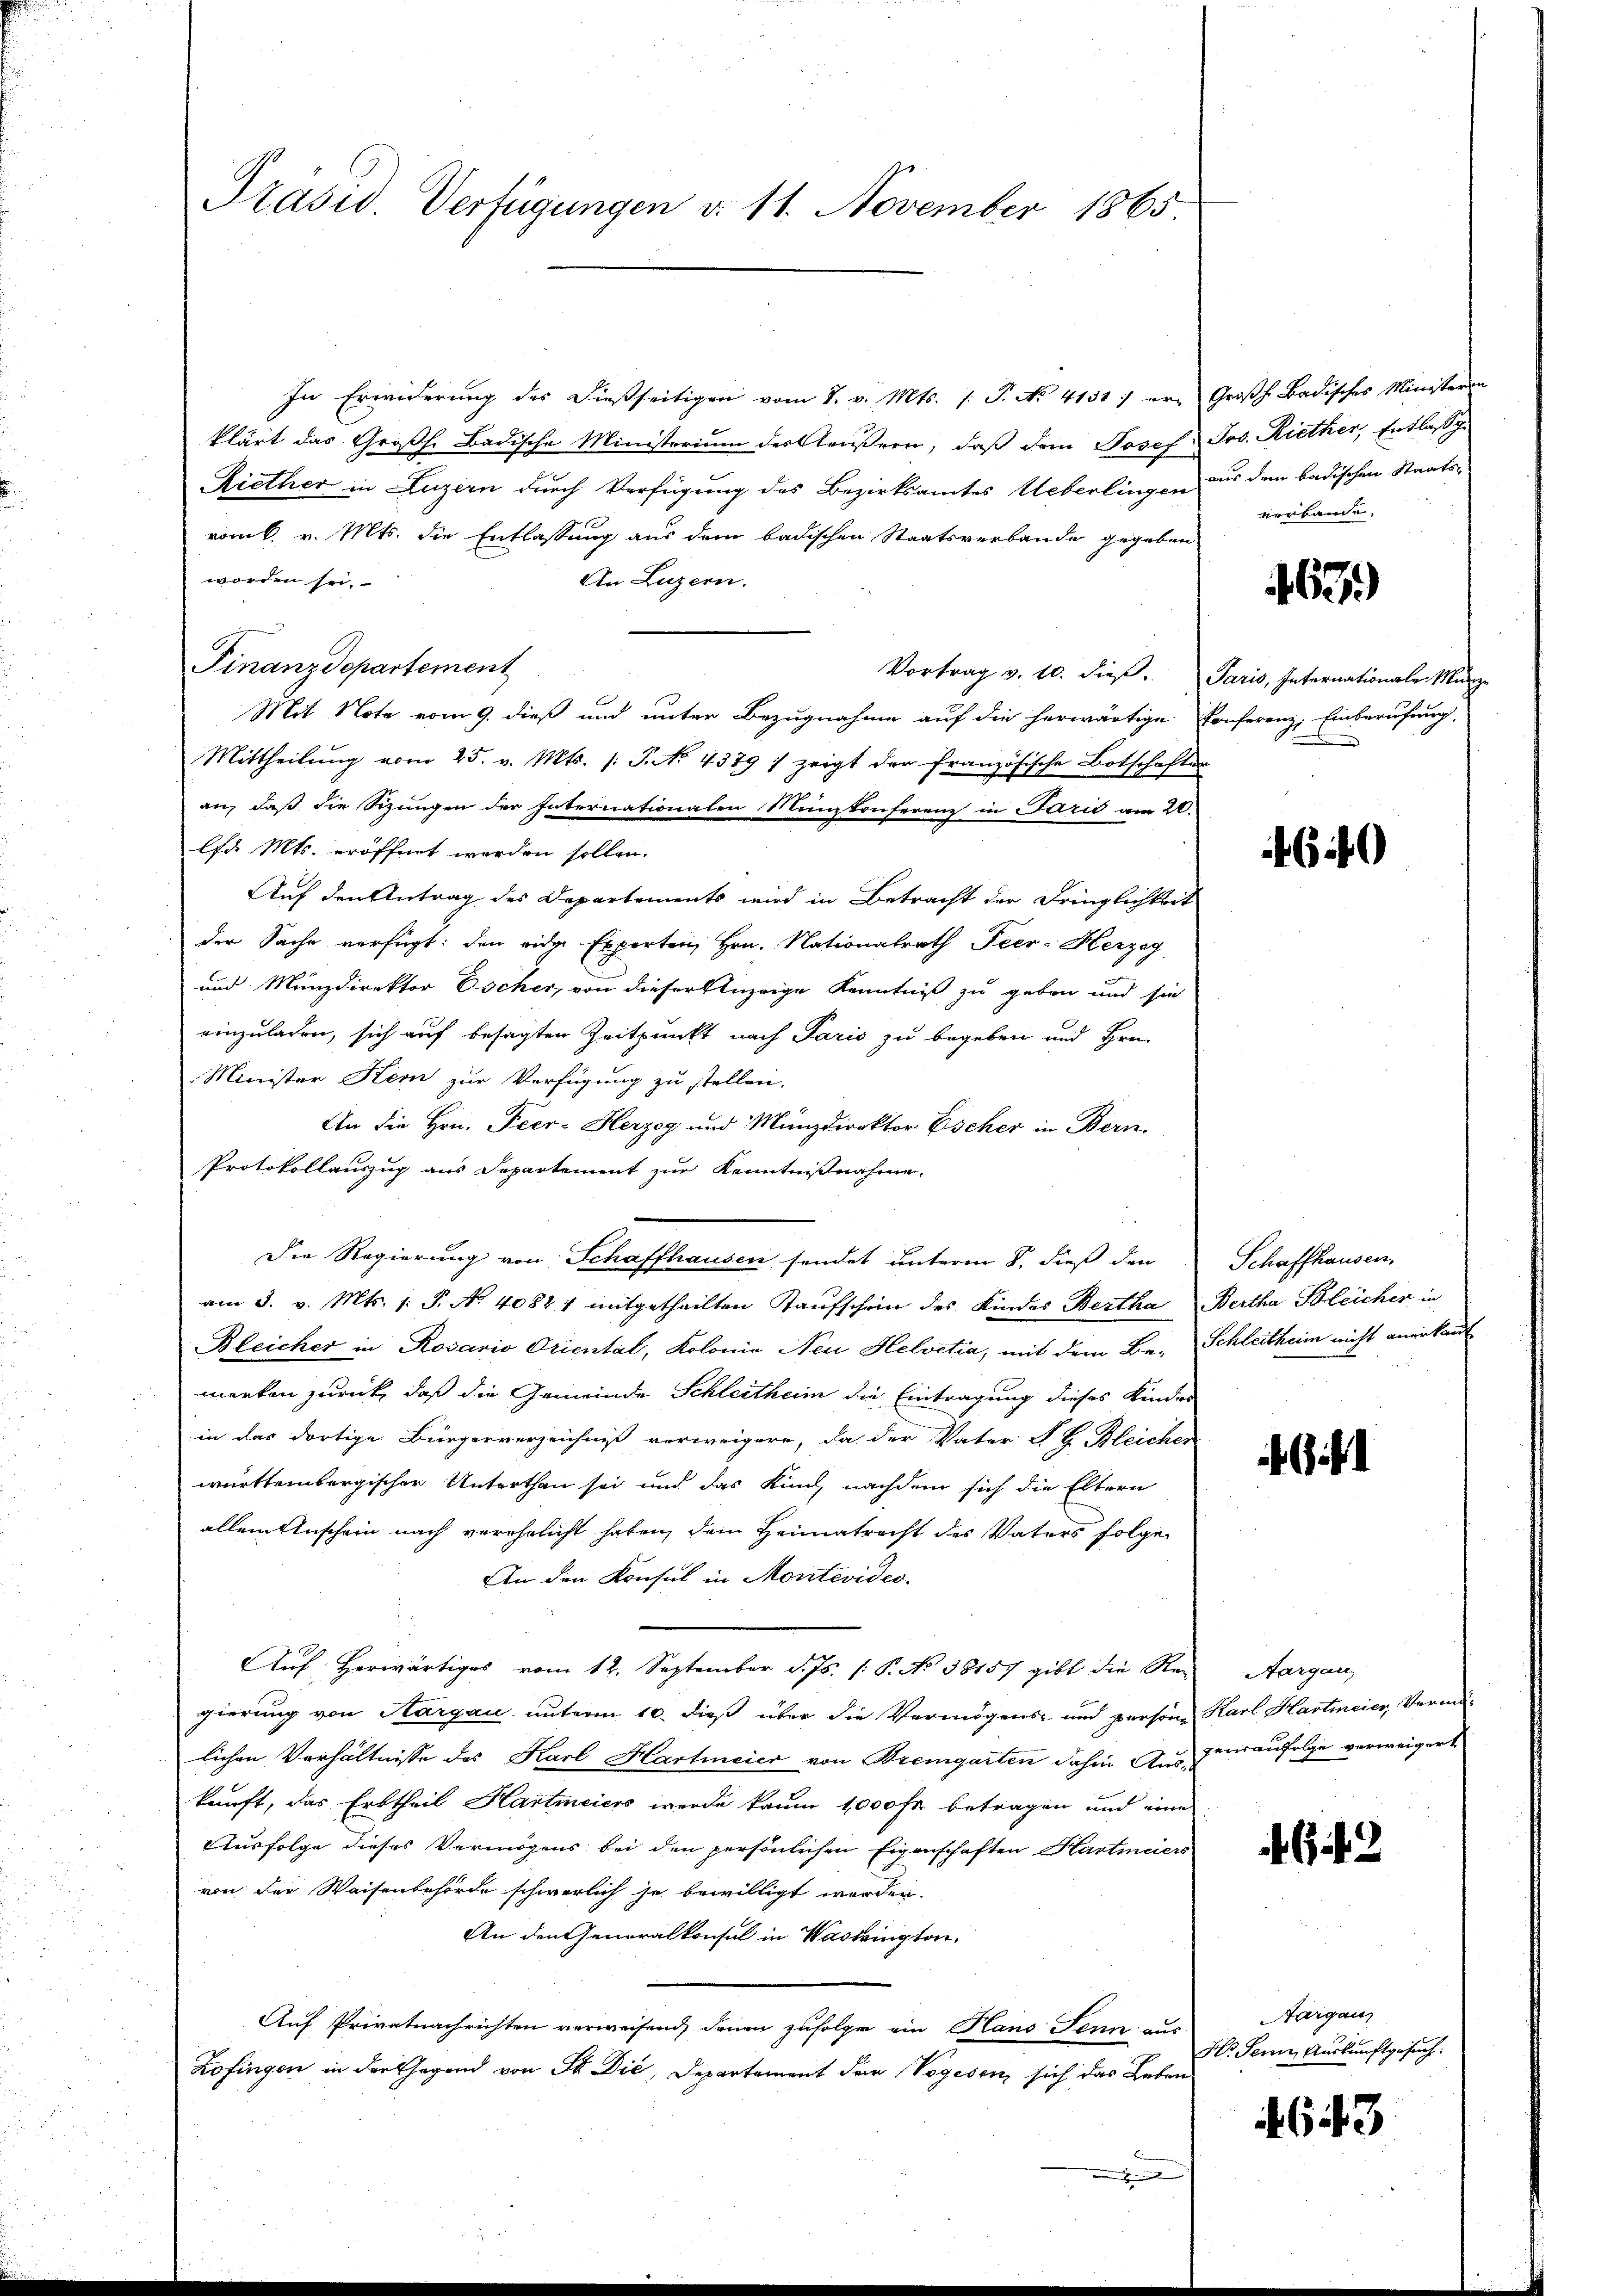
Präsid. Verfügungen d. 11. November 1865.

In Erwiderung des dießseitigen vom 1. v. Mts. f. P. No. 4151 :/ er- Großh. Badisches Ministeren
klärt das Großh. Badische Ministerium der Aeußern, daß dem Josef Jos. Riether, Entlasg
Riether in Luzern durch Verfügung des Bezirksamtes Ueberlingen zu dem badischen Staatsvom 6. v. Mts. die Entlassung aus dem badischen Staatsverbande gegeben
worden sei.
An Luzern.
Vortrag v. 10. dieß. Paris, Internationale Münz-
Mit Note vom 9. dieß und unter Bezugnahme auf die herwärtige Conferenz, Einberufung,
Mittheilŭng vom 25. v. Mts. /: P. No. 4379) zeigt der französische Botschafter
an, daß die Schungen der Internationalen Münzkonferenz in Parić am 20.
lfd. Mts. eröffnet werden sollen.
Auf den Antrag des Departements wird in Betracht der Dringlichkeit
der Sache verfügt: den eidge Experten Hrn. Nationalrath Peer-Herzeg
und Münzdirektor Escher, von dieser Anzeige Kenntniß zu geben und sie
einzuladen, sich auf besagten Zeitpunkt nach Paris zu begeben und Hrn.
Minister Kern zur Verfügung zu stellen.
An die Hrn. Peer- Herzog und Münzdirektor Escher in Bern.
Protokollauszug aus Departement zur Kenntnißnahme,
Die Regierung von Schaffhausen sendet unterm 8. dieß den
am 3. v. Mts. 1. P. No. 40821 mitgetheilten Kaŭfschein des Kindes Bertha Bertha Bleicher in
Bleicher in Rosario Oriental, Kolonie Neu Helvetia, mit dem Be- Schleitheim nicht anerkant
merken zurück, daß die Gemeinde Schleitheim die Eintragung dieses Kinder
in das dortige Bürgerverzeichniß verweigere, da der Vater P. G. Bleicher
württembergischer Unterthan sei und das Kind nachdem sich die Eltern
allein Anschein nach verehelicht haben, dem Heimatracht des Vaters folge
An den Konsul in Montevides.
Auf herwärtiges vom 12. September d. Js. (: P. No 38157 gibt die Re-
gierung von Aargau unterm 10. dieß über die Vermögens- und persone Karl Hartmeier, Vermö
lichen Verhältnisse des Karl Hartmeier von Bremgarten dahin aus zufolge verweigert
kunft, das Erbtheil Hartmeiers werde kaum 1000 Fr. betragen und eine
Ausfolge dieses Vermögens bei den persönlichen Eigenschaften Hartmeiers
von der Waisenbehörde schwerlich so bewilligt werden.
An den Generalkonsul in Washington,
Auf Privatnachrichten verweisend, denen zufolge ein Hans Senn aus
Zofingen in der Gegend von St. Die, Departement der Vogesen sich das Leben
.

Finanzdepartement

verbande.

463)

640

Schaffhausen.

i

Aargau,

if. 2

Aargaus
Hr. Sein Auskunftgesuch.

643